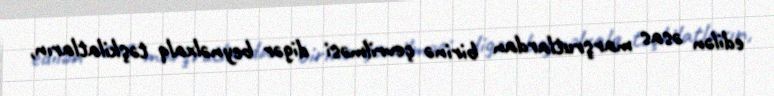
edilən əsas marşrutlardan birinə çevrilməsi digər beynəlxalq təşkilatların,